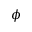
\phi